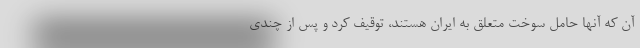
آن که آنها حامل سوخت متعلق به ایران هستند، توقیف کرد و پس از چندی